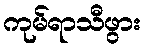
ကုမ်ရာသီဖွား